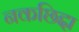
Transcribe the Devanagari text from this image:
नकछिद्दा